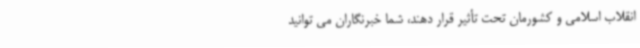
انقلاب اسلامی و کشورمان تحت تأثیر قرار دهند، شما خبرنگاران می توانید